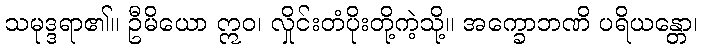
သမုဒ္ဒရာ၏။ ဦမိယော ဣဝ၊ လှိုင်းတံပိုးတို့ကဲ့သို့။ အက္ခောဘဏိ ပရိယန္တော၊